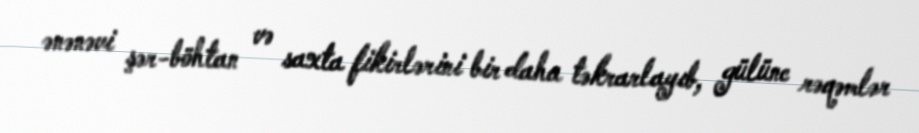
ənənəvi şər-böhtan və saxta fikirlərini bir daha təkrarlayıb, gülünc rəqəmlər